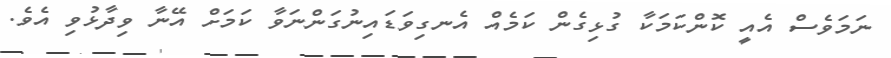
ނަމަވެސް އެއީ ކޮންކަމަކާ ގުޅިގެން ކަމެއް އެނގިވަޑައިނުގަންނަވާ ކަމަށް އޭނާ ވިދާޅުވި އެވެ.